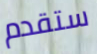
ستقدم